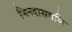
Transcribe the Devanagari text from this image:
जिनदासगणि